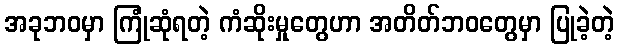
အခုဘဝမှာ ကြုံဆုံရတဲ့ ကံဆိုးမှုတွေဟာ အတိတ်ဘဝတွေမှာ ပြုခဲ့တဲ့